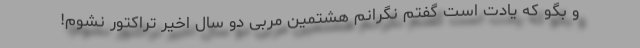
و بگو که یادت است گفتم نگرانم هشتمین مربی دو سال اخیر تراکتور نشوم!